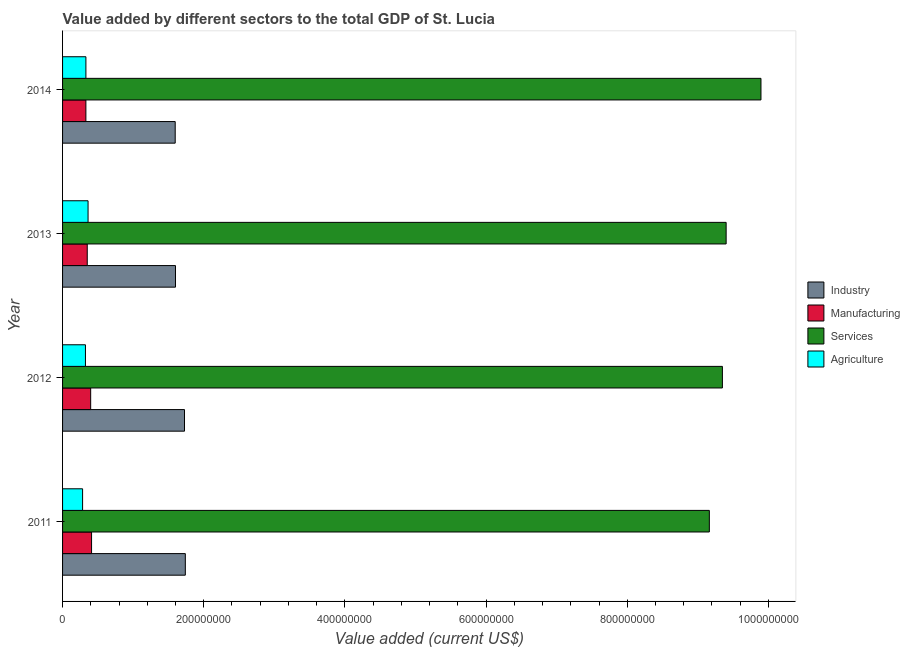
| Year | Industry | Manufacturing | Services | Agriculture |
 | --- | --- | --- | --- | --- |
 | 2011 | 1.74e+08 | 4.11e+07 | 9.16e+08 | 2.84e+07 |
 | 2012 | 1.73e+08 | 3.98e+07 | 9.35e+08 | 3.24e+07 |
 | 2013 | 1.6e+08 | 3.5e+07 | 9.4e+08 | 3.61e+07 |
 | 2014 | 1.6e+08 | 3.3e+07 | 9.89e+08 | 3.31e+07 |